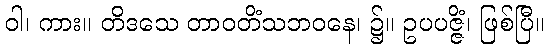
ဝါ၊ ကား။ တိဒသေ တာဝတိံသဘဝနေ၊ ၌။ ဥပပဇ္ဇိံ၊ ဖြစ်ပြီ။